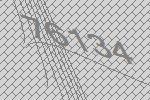
76134